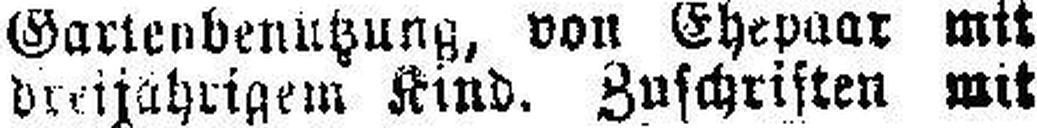
Dreijährigem Kind. Zuschriften mit